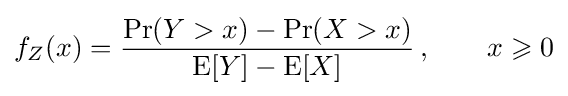
f_{Z}(x)={\Pr(Y>x)-\Pr(X>x) \over {\rm {E}}[Y]-{\rm {E}}[X]}\,,\qquad x\geqslant 0